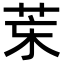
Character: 𦮞